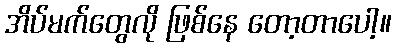
အိပ်မက်တွေလို ဖြစ်နေ တော့တာပေါ့။